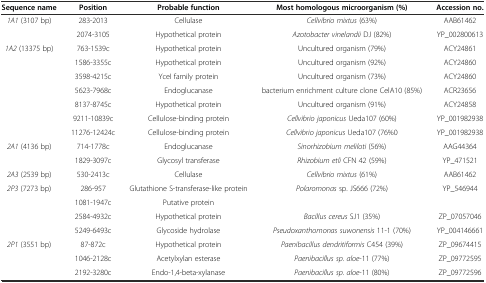
<table><thead><tr><td><b>Sequence name</b></td><td><b>Position</b></td><td><b>Probable function</b></td><td><b>Most homologous microorganism (%)</b></td><td><b>Accession no.</b></td></tr></thead><tbody><tr><td><i>1A1</i> (3107 bp)</td><td>283-2013</td><td>Cellulase</td><td><i>Cellvibrio mixtus</i> (63%)</td><td>AAB61462</td></tr><tr><td></td><td>2074-3105</td><td>Hypothetical protein</td><td><i>Azotobacter vinelandii</i> DJ (82%)</td><td>YP_002800613</td></tr><tr><td><i>1A2</i> (13375 bp)</td><td>763-1539c</td><td>Hypothetical protein</td><td>Uncultured organism (79%)</td><td>ACY24861</td></tr><tr><td></td><td>1586-3355c</td><td>Hypothetical protein</td><td>Uncultured organism (92%)</td><td>ACY24860</td></tr><tr><td></td><td>3598-4215c</td><td>YceI family protein</td><td>Uncultured organism (73%)</td><td>ACY24860</td></tr><tr><td></td><td>5623-7968c</td><td>Endoglucanase</td><td>bacterium enrichment culture clone CelA10 (85%)</td><td>ACR23656</td></tr><tr><td></td><td>8137-8745c</td><td>Hypothetical protein</td><td>Uncultured organism (91%)</td><td>ACY24858</td></tr><tr><td></td><td>9211-10839c</td><td>Cellulose-binding protein</td><td><i>Cellvibrio japonicus</i> Ueda107 (60%)</td><td>YP_001982938</td></tr><tr><td></td><td>11276-12424c</td><td>Cellulose-binding protein</td><td><i>Cellvibrio japonicus</i> Ueda107 (76%0</td><td>YP_001982938</td></tr><tr><td><i>2A1</i> (4136 bp)</td><td>714-1778c</td><td>Endoglucanase</td><td><i>Sinorhizobium meliloti</i> (56%)</td><td>AAG44364</td></tr><tr><td></td><td>1829-3097c</td><td>Glycosyl transferase</td><td><i>Rhizobium etli</i> CFN 42 (59%)</td><td>YP_471521</td></tr><tr><td><i>2A3</i> (2539 bp)</td><td>530-2413c</td><td>Cellulase</td><td><i>Cellvibrio mixtus</i> (61%)</td><td>AAB61462</td></tr><tr><td><i>2P3</i> (7273 bp)</td><td>286-957</td><td>Glutathione S-transferase-like protein</td><td><i>Polaromonas</i> sp. JS666 (72%)</td><td>YP_546944</td></tr><tr><td></td><td>1081-1947c</td><td>Putative protein</td><td></td><td></td></tr><tr><td></td><td>2584-4932c</td><td>Hypothetical protein</td><td><i>Bacillus cereus</i> SJ1 (35%)</td><td>ZP_07057046</td></tr><tr><td></td><td>5249-6493c</td><td>Glycoside hydrolase</td><td><i>Pseudoxanthomonas suwonensis</i> 11-1 (70%)</td><td>YP_004146661</td></tr><tr><td><i>2P1</i> (3551 bp)</td><td>87-872c</td><td>Hypothetical protein</td><td><i>Paenibacillus dendritiformis</i> C454 (39%)</td><td>ZP_09674415</td></tr><tr><td></td><td>1046-2128c</td><td>Acetylxylan esterase</td><td><i>Paenibacillus sp. aloe</i>-11 (77%)</td><td>ZP_09772595</td></tr><tr><td></td><td>2192-3280c</td><td>Endo-1,4-beta-xylanase</td><td><i>Paenibacillus sp. aloe</i>-11 (80%)</td><td>ZP_09772596</td></tr></tbody></table>